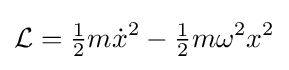
{\mathcal {L}}={\tfrac {1}{2}}m{\dot {x}}^{2}-{\tfrac {1}{2}}m\omega ^{2}x^{2}